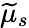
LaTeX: \widetilde{\mu}_{s}